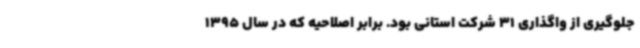
جلوگیری از واگذاری 31 شرکت استانی بود. برابر اصلاحیه که در سال 1395